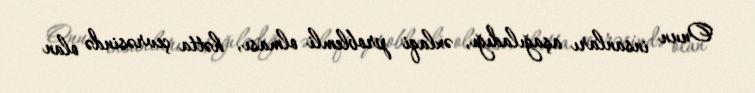
Onun insanları aşağıladığı, əxlaqi problemli olması, hətta çevrəsində olan